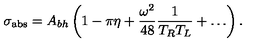
\sigma _ { \mathrm { a b s } } = A _ { b h } \left( 1 - \pi \eta + { \frac { \omega ^ { 2 } } { 4 8 } } { \frac { 1 } { T _ { R } T _ { L } } } + \dots \right) .